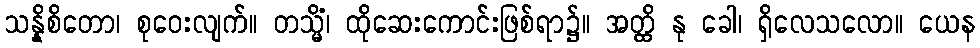
သန္နိစိတော၊ စုဝေးလျက်။ တသ္မိံ၊ ထိုဆေးကောင်းဖြစ်ရာ၌။ အတ္ထိ နု ခေါ၊ ရှိလေသလော။ ယေန